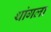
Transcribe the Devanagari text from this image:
थांगला